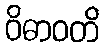
ဝိဓာဝတိ